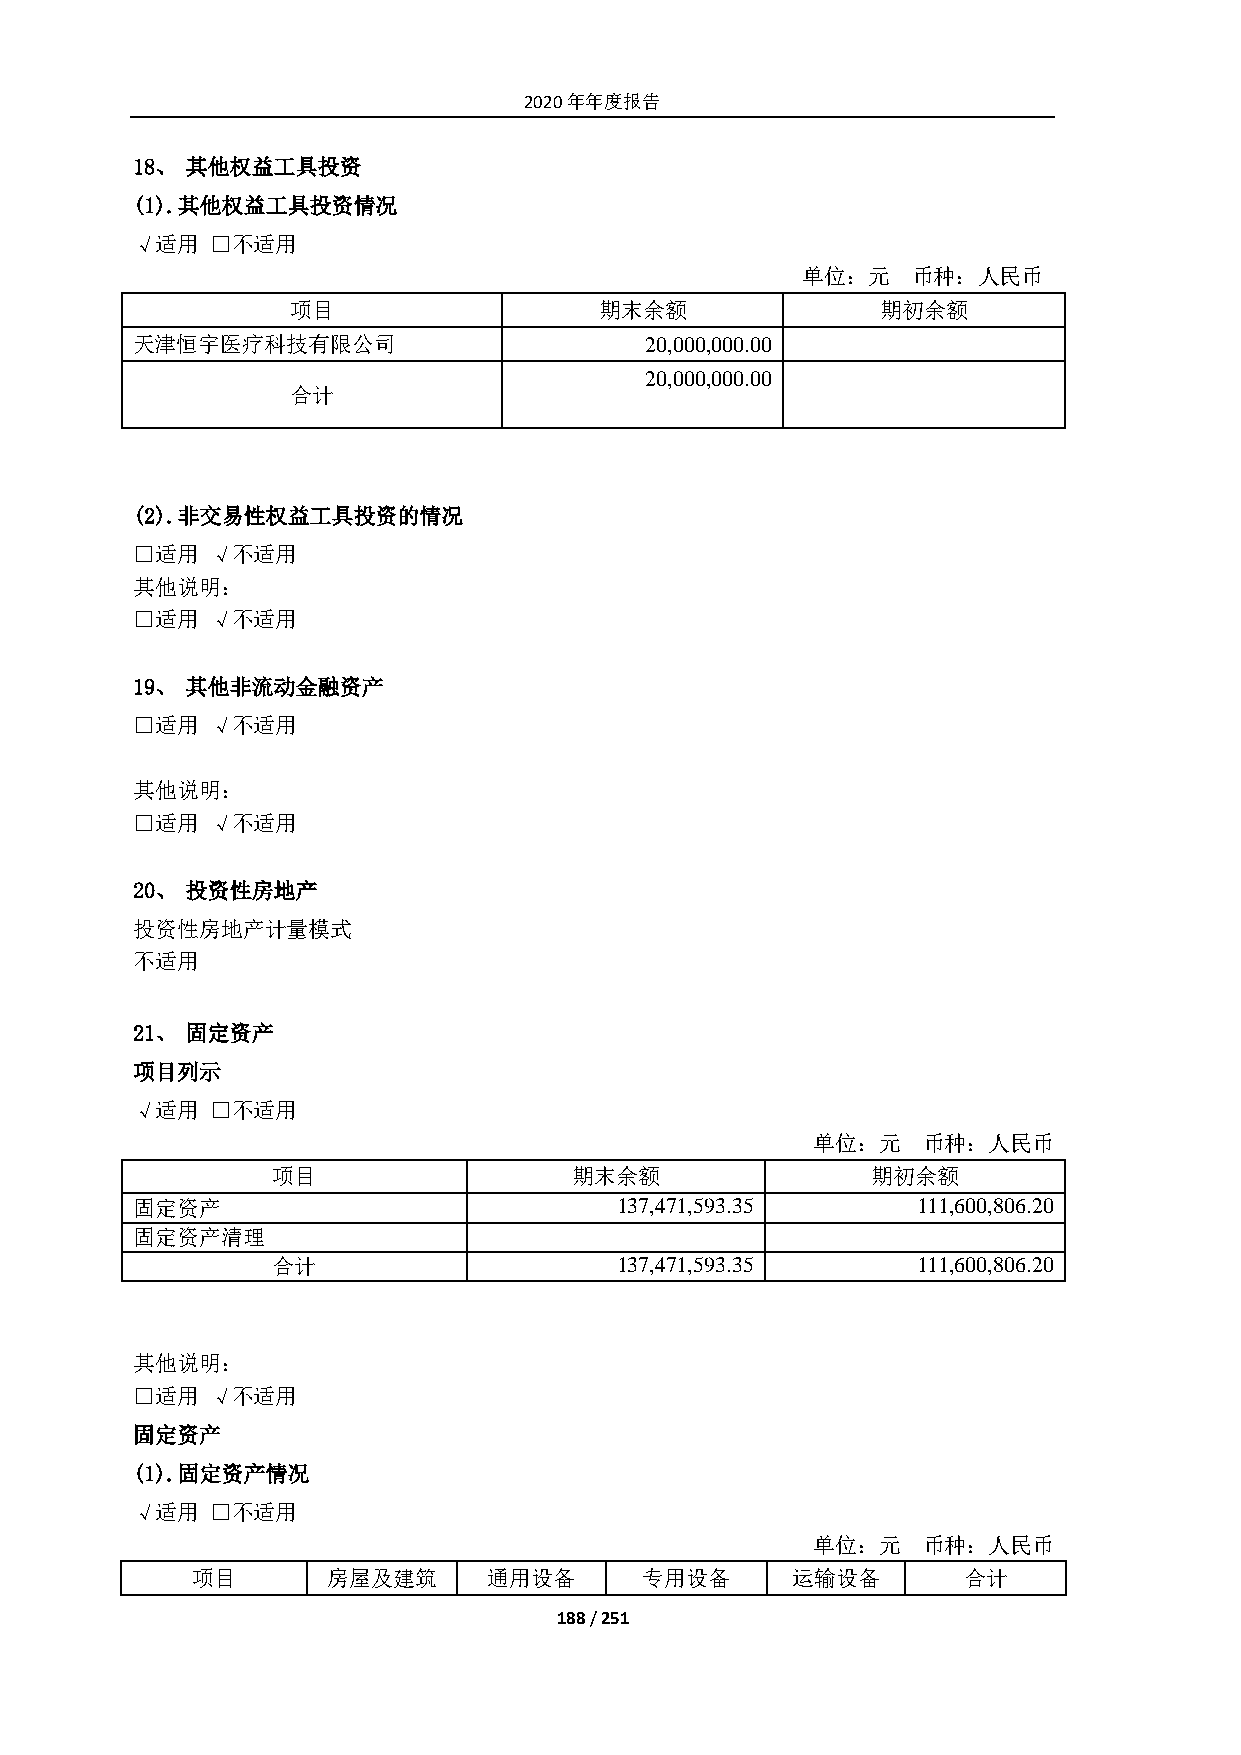
2020年年度报告
 18、 其他权益工具投资
 (1). 其他权益工具投资情况
 √适用  □不适用
 单位：元   币种：人民币
 项目                   期末余额              期初余额
 天津恒宇医疗科技有限公司                      20,000,000.00
 20,000,000.00
 合计
 (2). 非交易性权益工具投资的情况
 □适用  √不适用
 其他说明：
 □适用  √不适用
 19、 其他非流动金融资产
 □适用  √不适用
 其他说明：
 □适用  √不适用
 20、 投资性房地产
 投资性房地产计量模式
 不适用
 21、 固定资产
 项目列示
 √适用  □不适用
 单位：元   币种：人民币
 项目                  期末余额                期初余额
 固定资产                            137,471,593.35      111,600,806.20
 固定资产清理
 合计                     137,471,593.35      111,600,806.20
 其他说明：
 □适用  √不适用
 固定资产
 (1). 固定资产情况
 √适用  □不适用
 单位：元   币种：人民币
 项目       房屋及建筑     通用设备       专用设备     运输设备        合计
 188 / 251